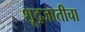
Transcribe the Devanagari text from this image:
शूद्रजातीचा